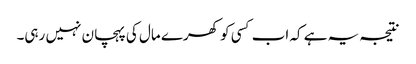
نتیجہ یہ ہے کہ اب کسی کو کھرے مال کی پہچان نہیں رہی۔